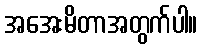
အအေးမိတာအတွက်ပါ။